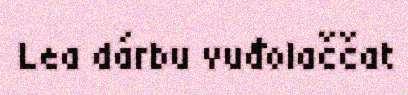
Lea dárbu vuđolaččat